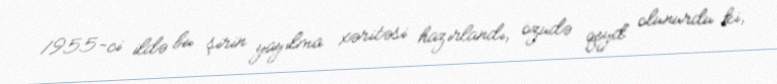
1955-ci ildə bu şirin yayılma xəritəsi hazırlandı, özüdə qeyd olunurdu ki,